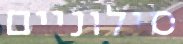
סילוניים